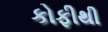
કોફીથી